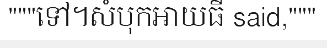
"""ទៅ។សំបុកអាយធី said,"""